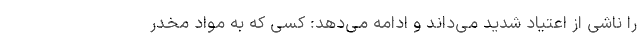
را ناشی از اعتیاد شدید می‌داند و ادامه می‌دهد: کسی که به مواد مخدر